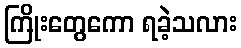
ကြိုးတွေကော ရခဲ့သလား